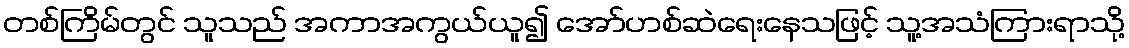
တစ်ကြိမ်တွင် သူသည် အကာအကွယ်ယူ၍ အော်ဟစ်ဆဲရေးနေသဖြင့် သူ့အသံကြားရာသို့